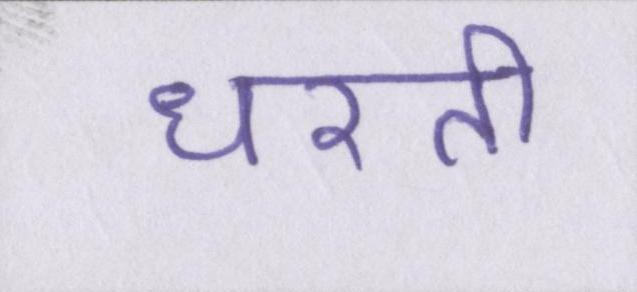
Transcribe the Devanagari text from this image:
धरती